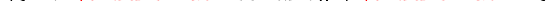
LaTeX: \smash{\gamma_{s}\to\ensuremath{\mathrm{\ textsl{v}}_{0}}^{2}/\ensuremath{D_{s}}}